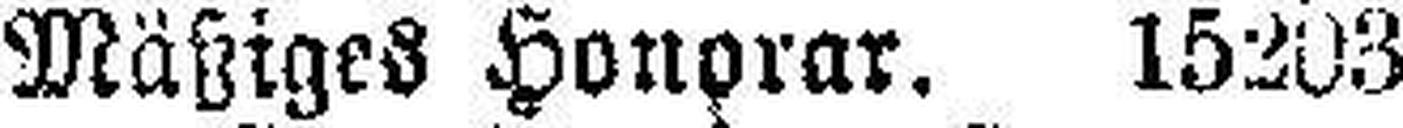
Mäßiges Honorar.